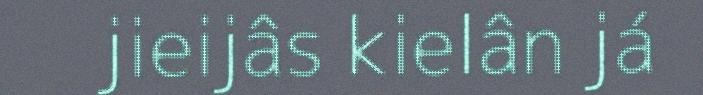
jieijâs kielân já